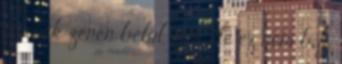
a rock zenén belül sem, de ez nem baj.